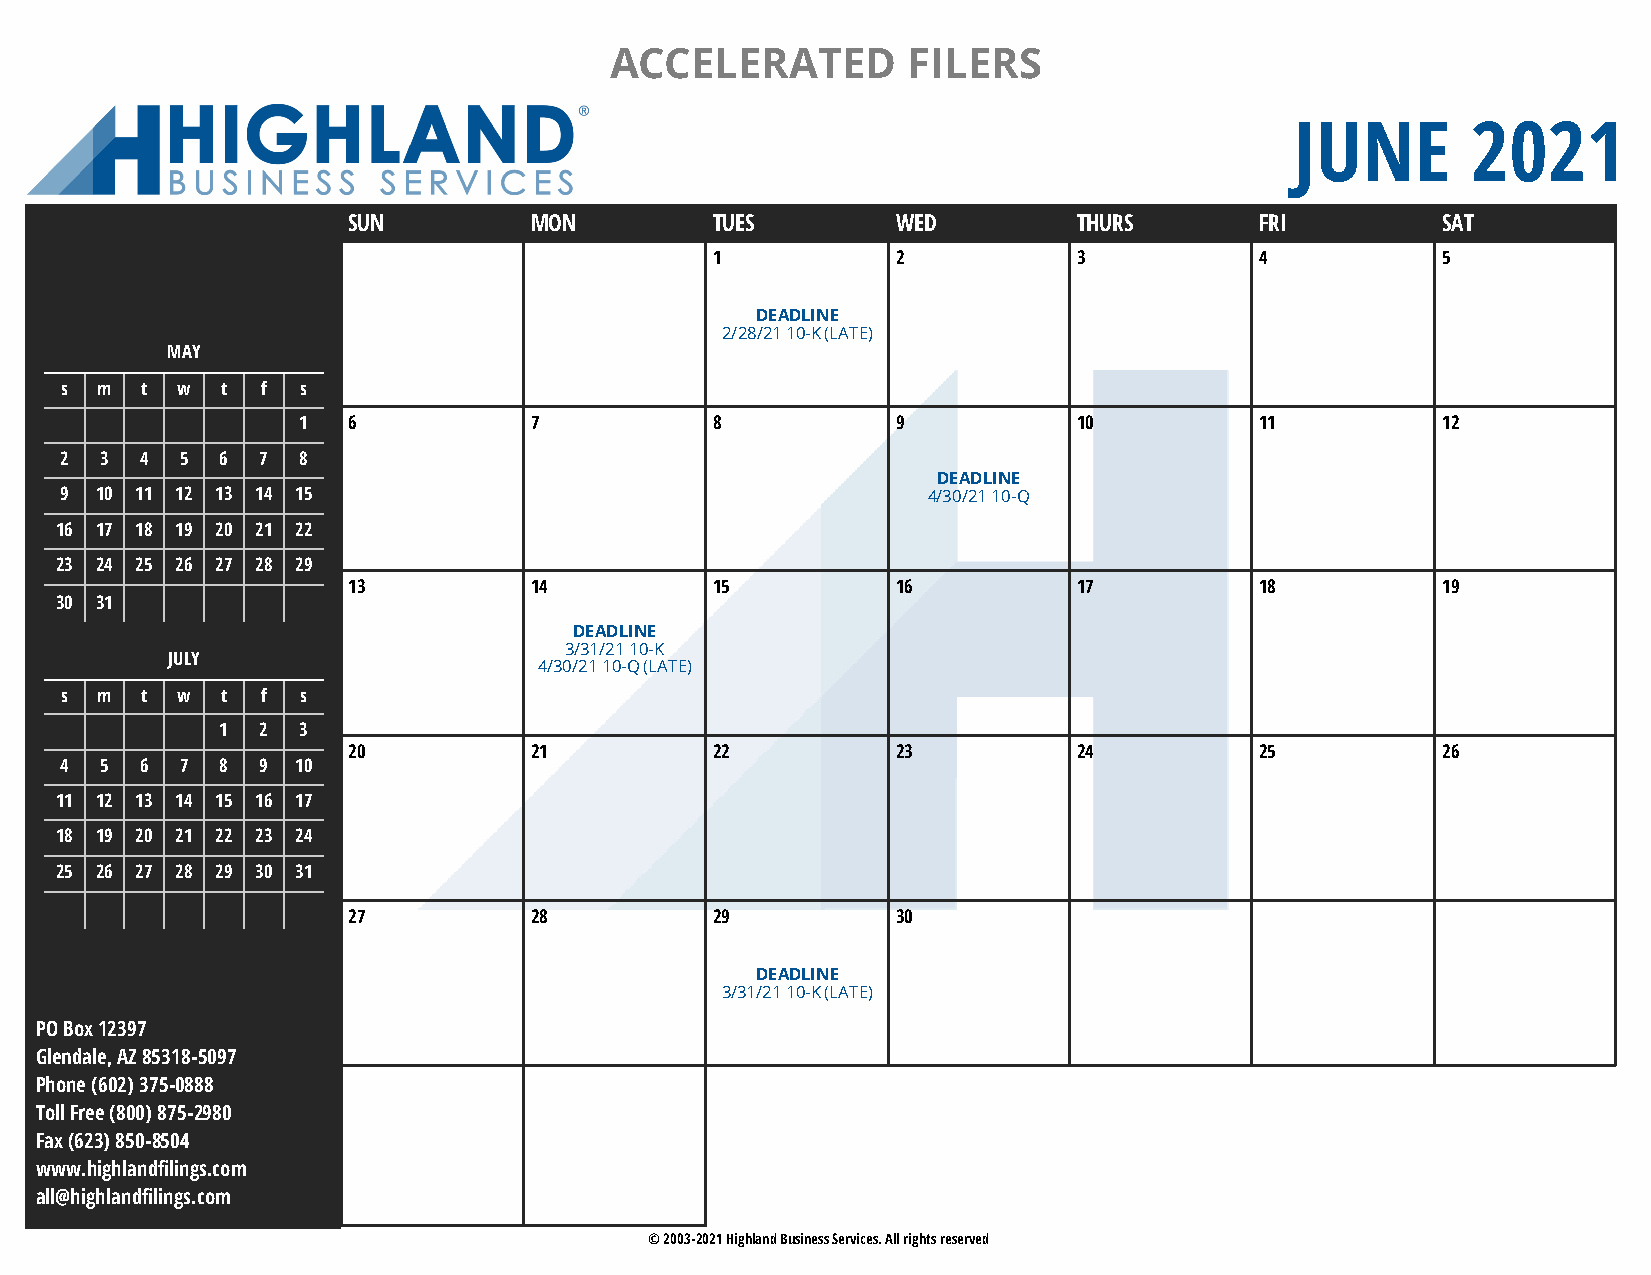
ACCELERATED         FILERS
 JUNE       2021
 SUN         MON         TUES        WED         THURS       FRI         SAT
 1           2           3           4           5
 DEADLINE
 2/28/21 10-K (LATE)
 MAY
 s m  t  w  t f  s
 1  6           7           8           9           10          11          12
 2  3 4  5  6 7  8
 DEADLINE
 9 10 11 12 13 14 15                                      4/30/21 10-Q
 16 17 18 19 20 21 22
 23 24 25 26 27 28 29
 13          14          15          16          17          18          19
 30 31
 DEADLINE
 3/31/21 10-K
 JULY
 4/30/21 10-Q (LATE)
 s m  t  w  t f  s
 1 2  3
 20          21          22          23          24          25          26
 4  5 6  7  8 9  10
 11 12 13 14 15 16 17
 18 19 20 21 22 23 24
 25 26 27 28 29 30 31
 27          28          29          30
 DEADLINE
 3/31/21 10-K (LATE)
 PO Box 12397
 Glendale, AZ 85318-5097
 Phone (602) 375-0888
 Toll Free (800) 875-2980
 Fax (623) 850-8504
 www.highlandfilings.com
 all@highlandfilings.com
 © 2003-2021 Highland Business Services. All rights reserved